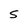
Character: S